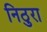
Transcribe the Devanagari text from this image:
निठुरा